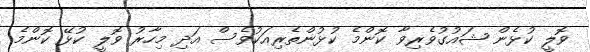
ވޮލީ ކުޅެން ޝައުގުވެރިވާ ކޮންމެ ކުޅުންތެރިއަކުވެސް އަދި މިހާރު ވޮލީ ކުޅޭ ކޮންމެ